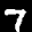
Label: 7